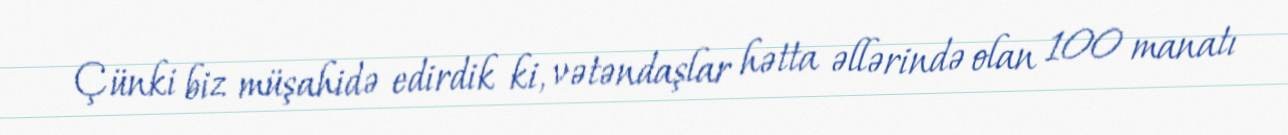
Çünki biz müşahidə edirdik ki, vətəndaşlar hətta əllərində olan 100 manatı